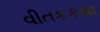
વીતકકથા